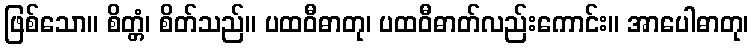
ဖြစ်သော။ စိတ္တံ၊ စိတ်သည်။ ပထဝီဓာတု၊ ပထဝီဓာတ်လည်းကောင်း။ အာပေါဓာတု၊